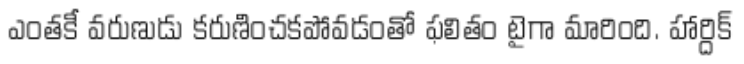
ఎంతకీ వరుణుడు కరుణించకపోవడంతో ఫలితం టైగా మారింది. హార్దిక్